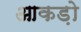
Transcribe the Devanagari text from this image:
आकड़ो